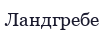
Ландгребе